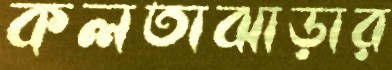
কলতাঝাড়ার